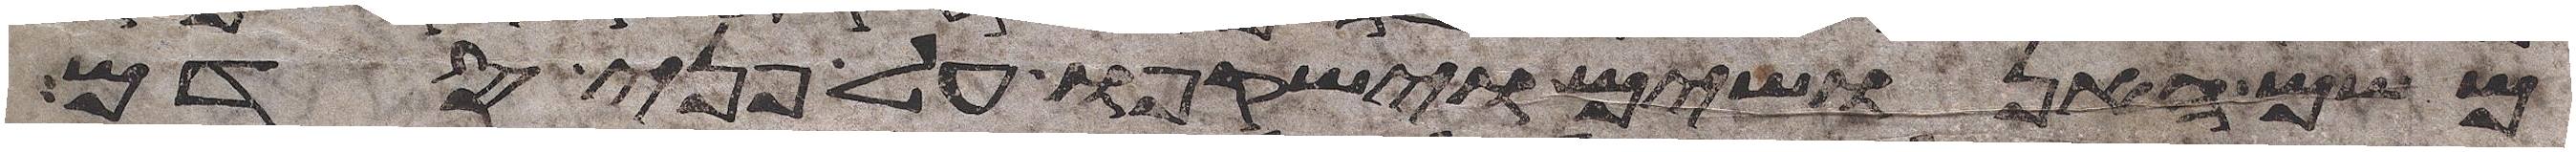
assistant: משם האנושים וישקפו על פני סדם